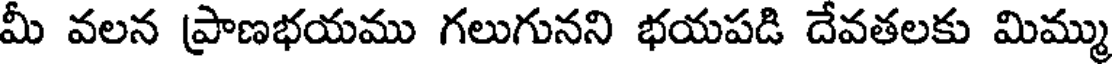
మీ వలన ప్రాణభయము గలుగునని భయపడి దేవతలకు మిమ్ము